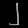
Digit: ၂